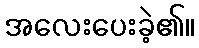
အလေးပေးခဲ့၏။